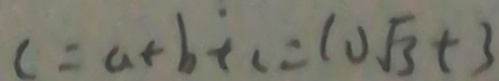
c = a + b + c = 1 0 \sqrt { 3 } + 3